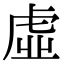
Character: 虛